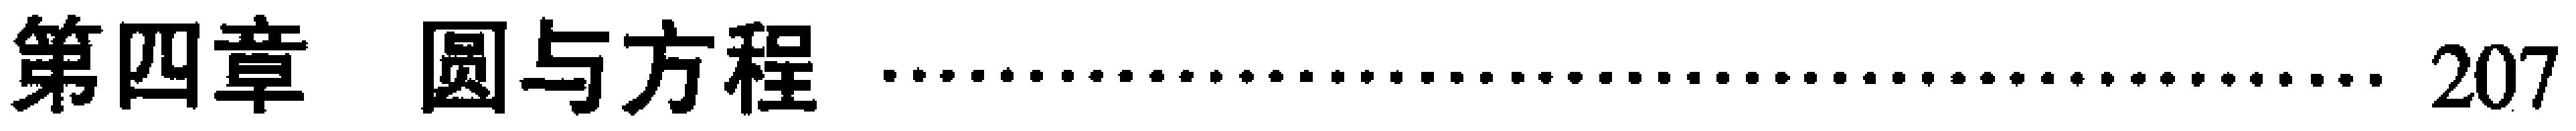
第四章 圆与方程 \hfill 207